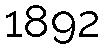
1892